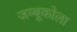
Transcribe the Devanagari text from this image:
जम्बूकोला